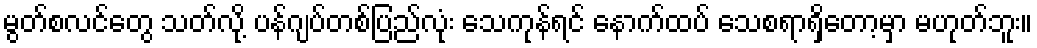
မွတ်စလင်တွေ သတ်လို့ ပန်ဂျပ်တစ်ပြည်လုံး သေကုန်ရင် နောက်ထပ် သေစရာရှိတော့မှာ မဟုတ်ဘူး။